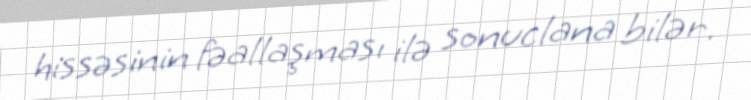
hissəsinin fəallaşması ilə sonuclana bilər.